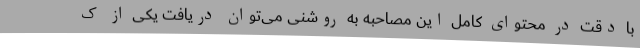
با دقت در محتوای کامل این مصاحبه به روشنی می‌توان دریافت یکی از ک